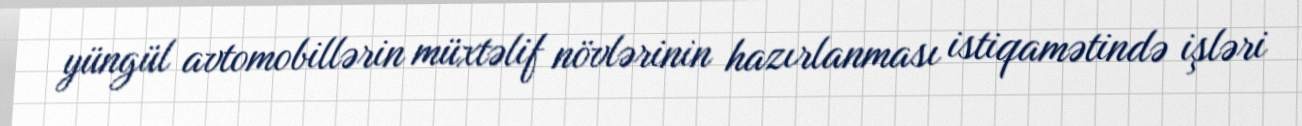
yüngül avtomobillərin müxtəlif növlərinin hazırlanması istiqamətində işləri